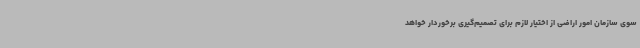
سوی سازمان امور اراضی از اختیار لازم برای تصمیم‌گیری برخوردار خواهد